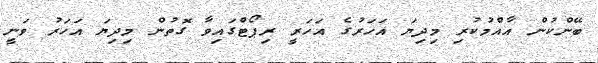
ބޭންކުން އާއްމުކުރި މިދިޔަ އަހަރުގެ އަހަރީ ރިޕޯޓްގައިވާ ގޮތުން މިދިޔަ އަހަރު ވަނީ